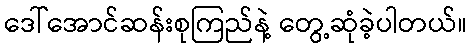
ဒေါ်အောင်ဆန်းစုကြည်နဲ့ တွေ့ဆုံခဲ့ပါတယ်။